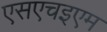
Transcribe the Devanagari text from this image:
एसएचइएम